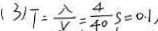
( 3 ) T = \frac { \lambda } { V } = \frac { 4 } { 4 0 } s = 0 . 1 /